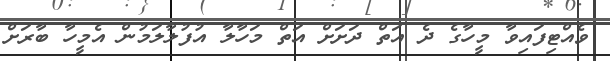
ވެއްޓިފައިވާ މީހާގެ ދެ އަތް ދަށަށް އަތް މަހާލާ އުފުލާލަމުން އެމީހާ ބާރަށް